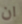
ان